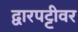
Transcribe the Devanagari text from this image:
द्वारपट्टीवर